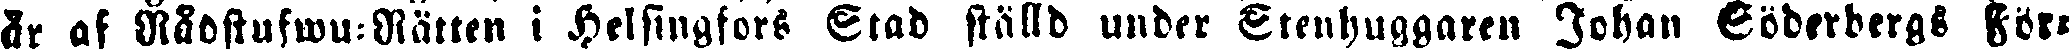
år af Rådstufwu-Rätten i Helsingfors Stad ställd under Stenhuggaren Johan Söderbergs För-